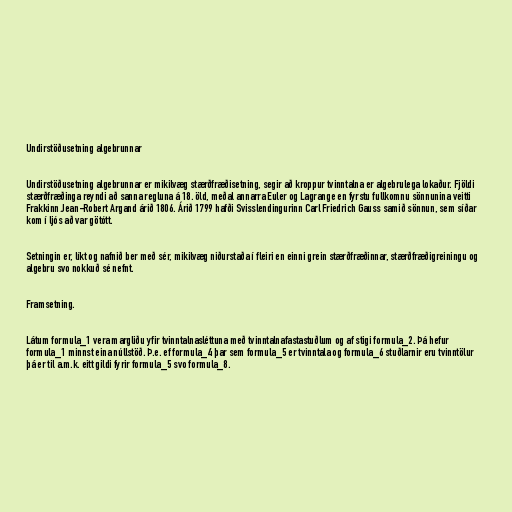
Undirstöðusetning algebrunnar

Undirstöðusetning algebrunnar er mikilvæg stærðfræðisetning, segir að kroppur tvinntalna er algebrulega lokaður. Fjöldi
stærðfræðinga reyndi að sanna regluna á 18. öld, meðal annarra Euler og Lagrange en fyrstu fullkomnu sönnunina veitti
Frakkinn Jean-Robert Argand árið 1806. Árið 1799 hafði Svisslendingurinn Carl Friedrich Gauss samið sönnun, sem síðar
kom í ljós að var götótt.

Setningin er, líkt og nafnið ber með sér, mikilvæg niðurstaða í fleiri en einni grein stærðfræðinnar, stærðfræðigreiningu og
algebru svo nokkuð sé nefnt.

Framsetning.

Látum formula_1 vera margliðu yfir tvinntalnasléttuna með tvinntalnafastastuðlum og af stigi formula_2. Þá hefur
formula_1 minnst eina núllstöð. Þ.e. ef formula_4 þar sem formula_5 er tvinntala og formula_6 stuðlarnir eru tvinntölur
þá er til a.m.k. eitt gildi fyrir formula_5 svo formula_8.